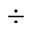
\div